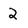
Character: 2